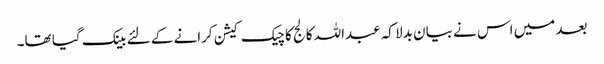
بعد میں اس نے بیان بدلا کہ عبداللہ کالج کا چیک کیشن کرانے کے لئے بینک گیا تھا۔